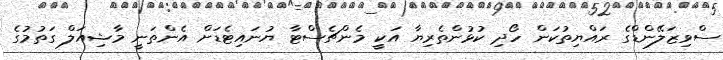
ސްވިޒަލޭންޑްގެ ރައްޔިތުކަން ހޯދި ކުޅުންތެރިޔާ އަކީ މެންޗެސްޓާ ޔުނައިޓެޑަށް އެންތަނީ މާޝިއަލް ގަތުމުގެ